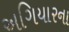
અગિયારના